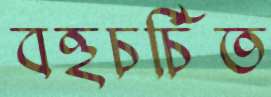
বহুচর্চিত